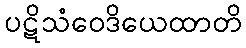
ပဋိသံဝေဒိယေထာတိ